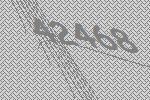
42468